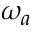
\omega _ { a }